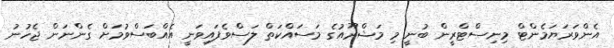
އެންވަރަޔަމެންޓް މިނިސްޓްރީން ބުނީ މި މަޝްރޫއުގެ މަސައްކަތް ލަސްވެފައިވަނީ އެއްބަސްވުމަށް ގެންނަން ޖެހުނު